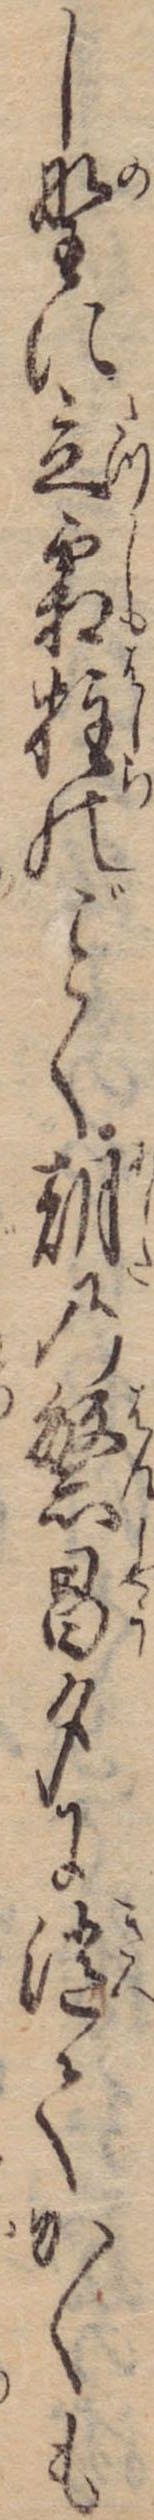
し野に立霜柱のく朝の繁昌夕に消てかくも